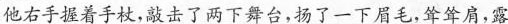
他右手握着手杖，敲击了两下舞台，扬了一下眉毛，耸耸肩，露